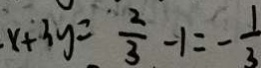
x + 3 y = \frac { 2 } { 3 } - 1 = - \frac { 1 } { 3 }